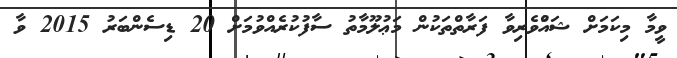
ވީމާ މިކަމަށް ޝައުްުވެރިވާ ފަރާތްތަކުން މަޢުލޫމާތު ސާފުކުރެއްވުމަށް 20 ޑިސެންބަރު 2015 ވާ